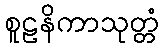
စူဠနိကာသုတ္တံ